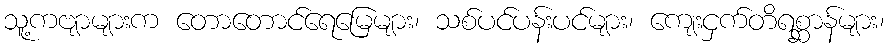
သူ့ကဗျာများက တောတောင်ရေမြေများ၊ သစ်ပင်ပန်းပင်များ၊ ကျေးငှက်တိရစ္ဆာန်များ၊